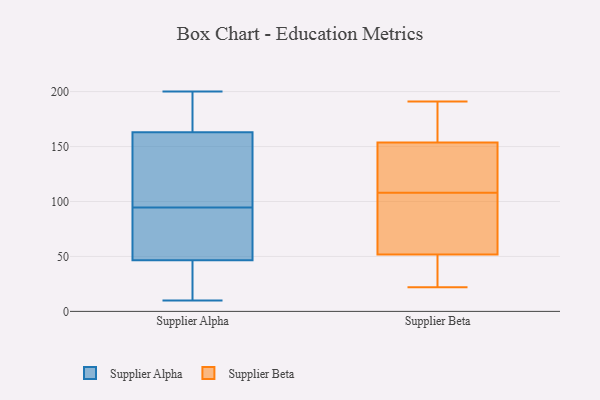
{"axis": {"x": "Bounce Rate (%)", "y": "Value"}, "legend": ["Supplier Alpha", "Supplier Beta"], "data": [{"x": "", "y": 54, "type": "Supplier Alpha"}, {"x": "", "y": 96, "type": "Supplier Alpha"}, {"x": "", "y": 174, "type": "Supplier Alpha"}, {"x": "", "y": 172, "type": "Supplier Alpha"}, {"x": "", "y": 93, "type": "Supplier Alpha"}, {"x": "", "y": 110, "type": "Supplier Alpha"}, {"x": "", "y": 103, "type": "Supplier Alpha"}, {"x": "", "y": 154, "type": "Supplier Alpha"}, {"x": "", "y": 23, "type": "Supplier Alpha"}, {"x": "", "y": 80, "type": "Supplier Alpha"}, {"x": "", "y": 39, "type": "Supplier Alpha"}, {"x": "", "y": 10, "type": "Supplier Alpha"}, {"x": "", "y": 198, "type": "Supplier Alpha"}, {"x": "", "y": 17, "type": "Supplier Alpha"}, {"x": "", "y": 200, "type": "Supplier Alpha"}, {"x": "", "y": 92, "type": "Supplier Alpha"}, {"x": "", "y": 62, "type": "Supplier Beta"}, {"x": "", "y": 138, "type": "Supplier Beta"}, {"x": "", "y": 191, "type": "Supplier Beta"}, {"x": "", "y": 52, "type": "Supplier Beta"}, {"x": "", "y": 177, "type": "Supplier Beta"}, {"x": "", "y": 22, "type": "Supplier Beta"}, {"x": "", "y": 187, "type": "Supplier Beta"}, {"x": "", "y": 36, "type": "Supplier Beta"}, {"x": "", "y": 51, "type": "Supplier Beta"}, {"x": "", "y": 146, "type": "Supplier Beta"}, {"x": "", "y": 63, "type": "Supplier Beta"}, {"x": "", "y": 177, "type": "Supplier Beta"}, {"x": "", "y": 108, "type": "Supplier Beta"}, {"x": "", "y": 115, "type": "Supplier Beta"}, {"x": "", "y": 114, "type": "Supplier Beta"}, {"x": "", "y": 48, "type": "Supplier Beta"}, {"x": "", "y": 57, "type": "Supplier Beta"}]}